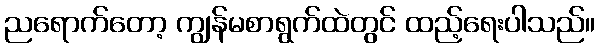
ညရောက်တော့ ကျွန်မစာရွက်ထဲတွင် ထည့်ရေးပါသည်။